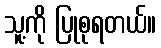
သူ့ကို ပြုစုရတယ်။